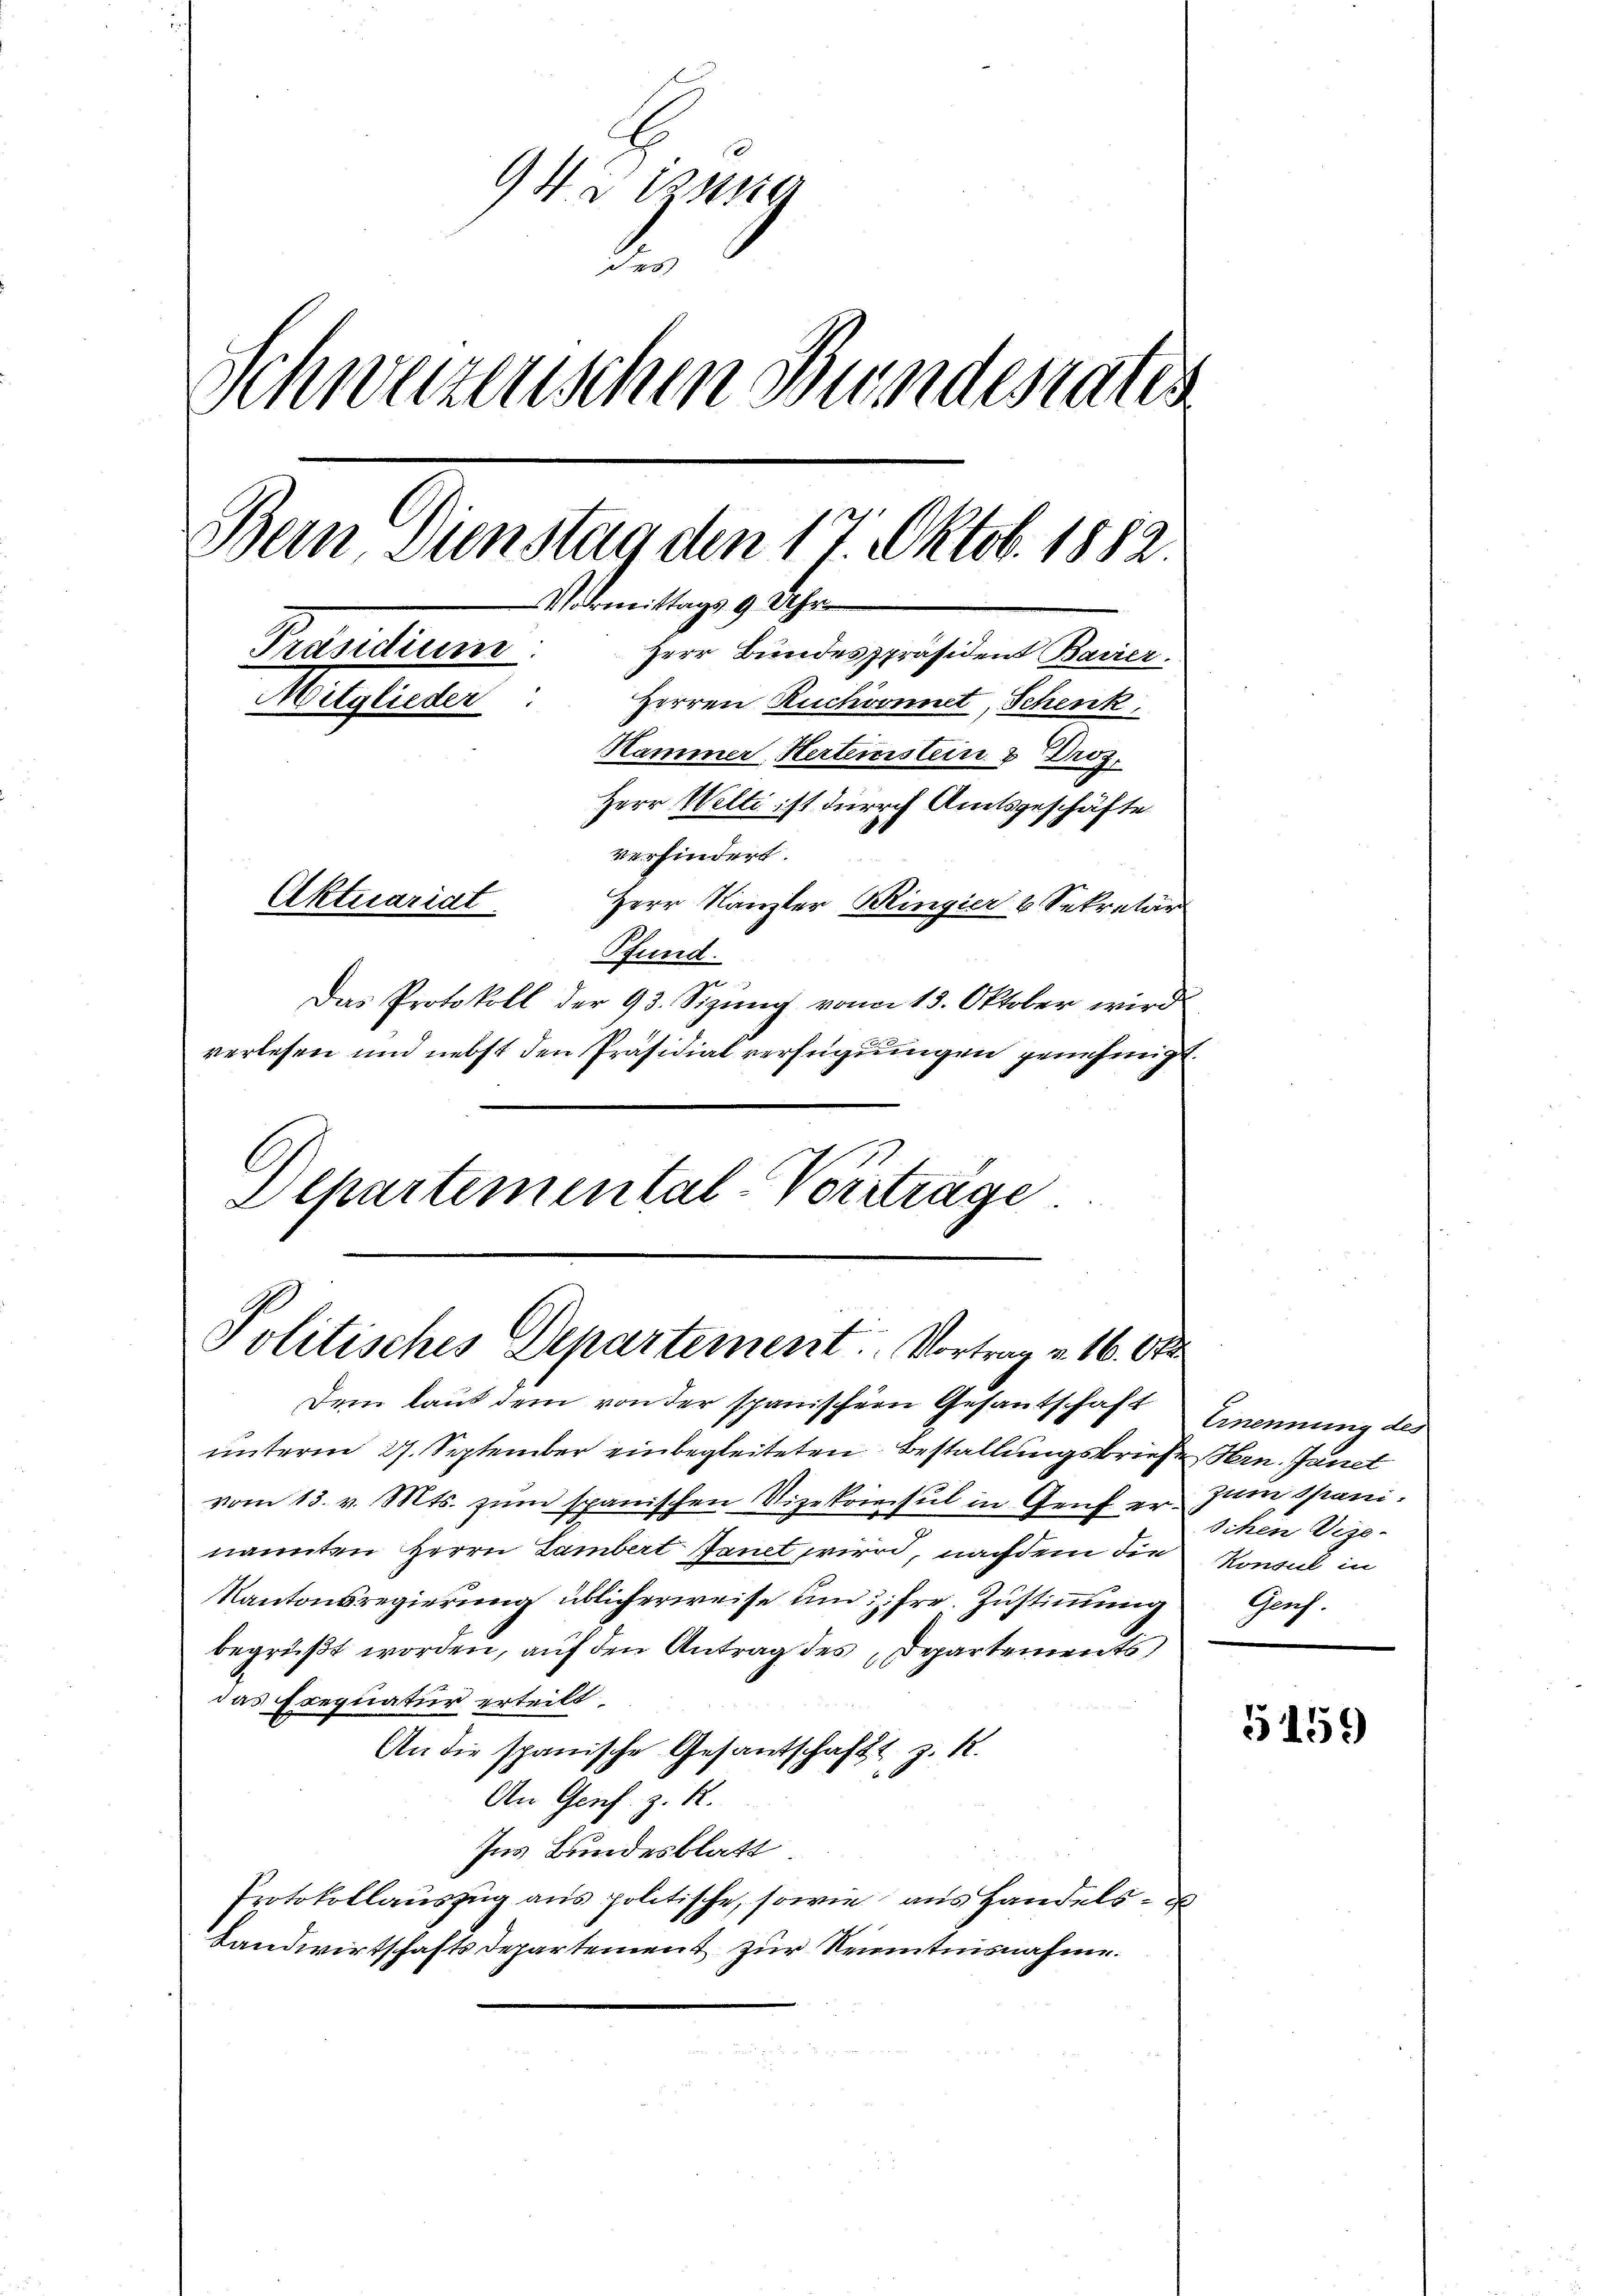
945 zusa
2
Schweizenschen Bundestattes
Bern Dienstag den 17 Oktob. 1882
Vormittags 9 Uhr
Prandium.
Herr Bundespräsident Bairer.
Mitglieder
i
Herren Ruchvonnet, Schenk,
Hammer, Hertenstein & Droz.
Herr Welti ist durch Amtsgeschäfte
verhindert.
Aktuariat
Herr Kanzler Ringier & Sekretär
Pfund
Das Protokoll der 93. Sizŭng von 13. Oktober wird
verlesen und nebst den Präsidialverfügungen genehmigt.
.
Departemental-Vorträge

Politisches Departement. Vortrag v. 16. Or

Dem laut dem von der spanischer Gesantschaft
unterm 27. September einbegleiteten Bestallungsbrief
vom 13. v. Mts. zum spanischen Vizekonsul in Genf er
nannten Herrn Lambert Janet wird, nachdem die
Kantonsregierung üblicherweise und ihre Zustimmung
begrüßt worden, auf den Antrag des Departements
das Exequatur erteilt.
An die spanische Gesantschaft z. K.
An Genf k.
Ins Bundesblatt
Protokollauszug aus politische, sowie aus Handels¬
Landwirtschafts departement zur Kenntnisnahme.

Ernennung des
t Hrn. Janet
zum Spani-
Ichen Vize-
Konsul in
Genf.

5159